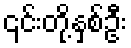
၎င်းတို့နှစ်ဦး